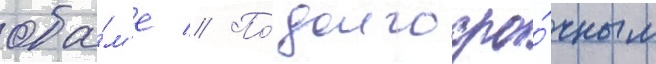
оба́м'е // По́ долгосро́чным